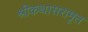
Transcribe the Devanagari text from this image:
श्रीकथासरामृत